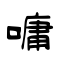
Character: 嘃